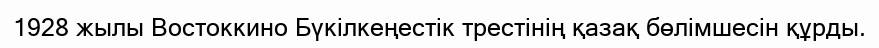
1928 жылы Востоккино Бүкілкеңестік трестінің қазақ бөлімшесін құрды.